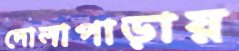
দোলাপাড়ায়